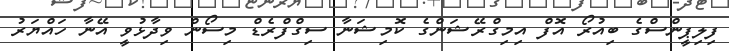
ފިލިޕީންސްގެ ބިއުރޯ އޮފް އިމިގްރޭޝަންގެ ކޮމިޝަނާ ސިގްފްރެޑް މިސޯން ވިދާޅުވީ އޭނާ ހައްޔަރު